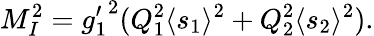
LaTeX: M_{I}^{2}={g_{1}^{\prime}}^{2}(Q_{1}^{2}\langle s_{1}\rangle^{2}+Q_{2}^{2}\langle s_{2}\rangle^{2}).